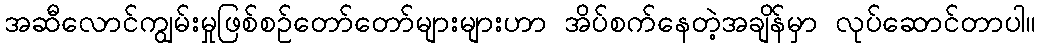
အဆီလောင်ကျွမ်းမှုဖြစ်စဉ်တော်တော်များများဟာ အိပ်စက်နေတဲ့အချိန်မှာ လုပ်ဆောင်တာပါ။